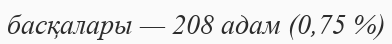
басқалары — 208 адам (0,75 %)